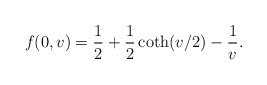
\begin{align*}f(0,v)= {1\over2} +{1\over2} \coth(v/2) - {1\over v}.\end{align*}